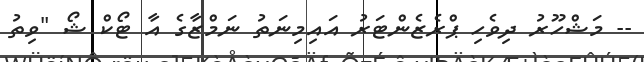
-- މަޝްހޫރު ދިވެހި ޕްރެޒެންޓަރު އައިމިނަތު ނަމްޒާގެ އާ ޓޯކް ޝޯ "ވިތު